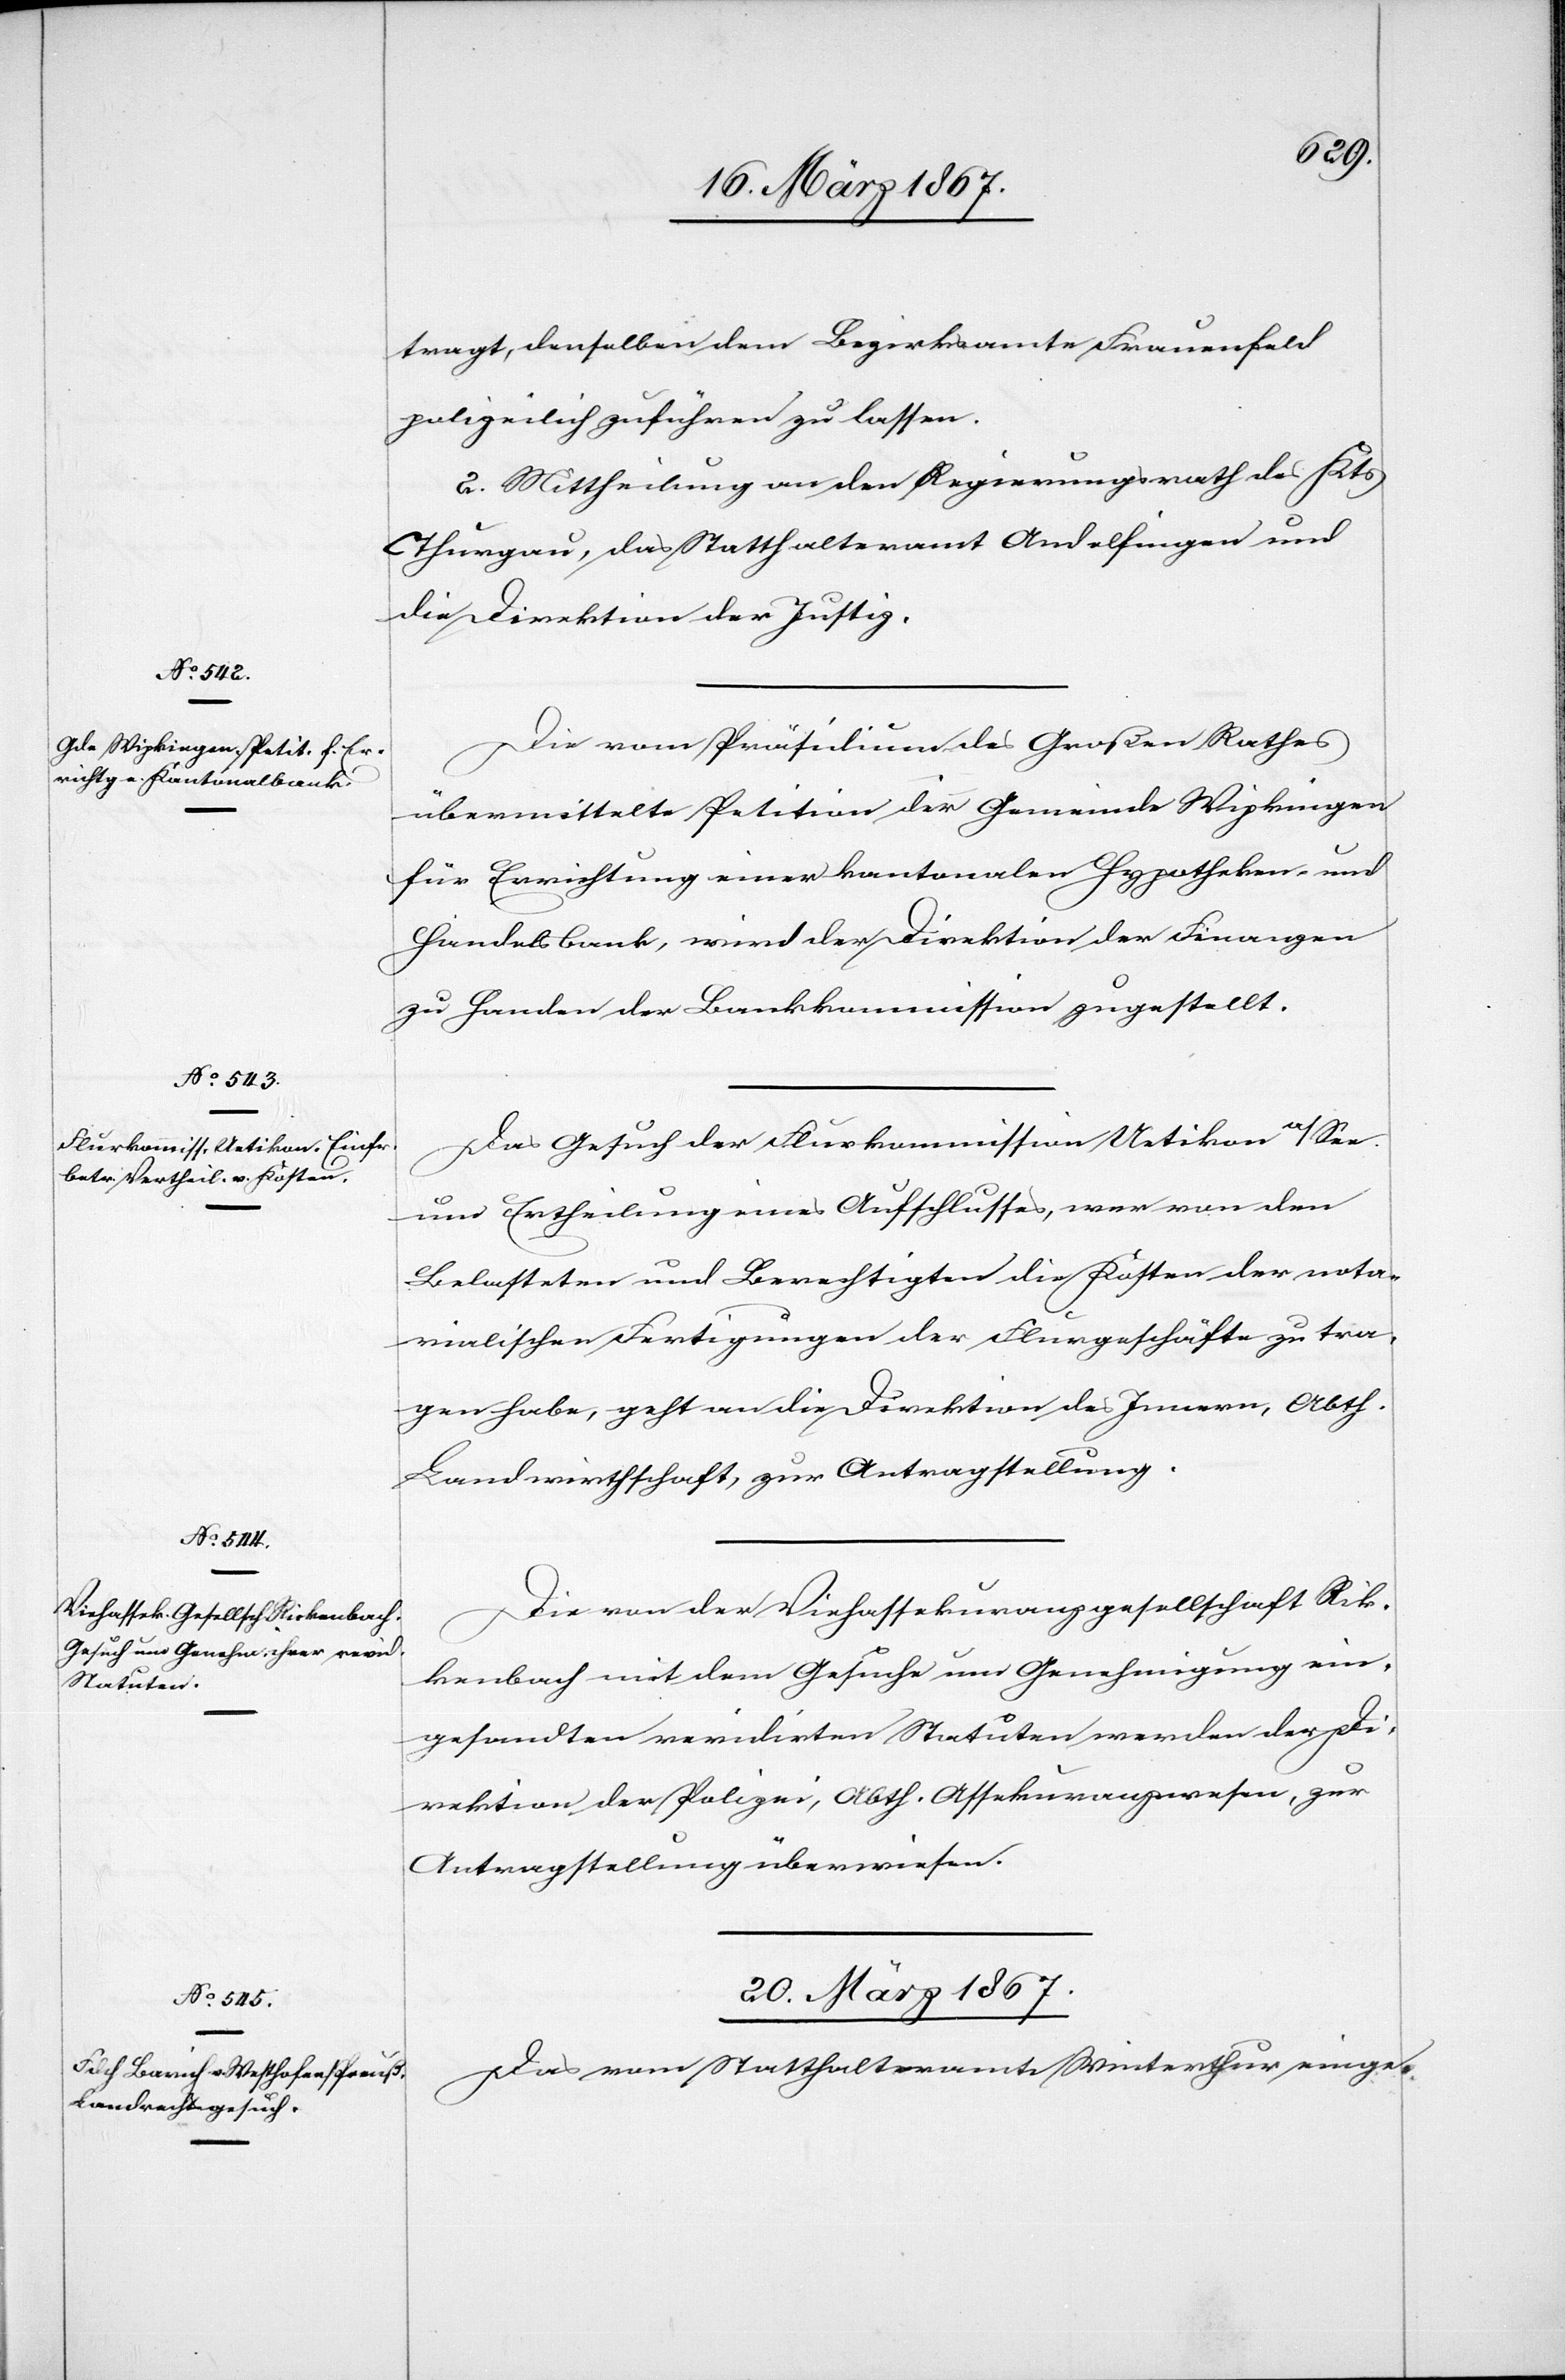
19. März 1867.]
tragt, denselben dem Bezirksamte Frauenfeld
polizeilich zuführen zu lassen.
2. Mittheilung an den Regierungsrath des Kts
Thurgau, das Statthalteramt Andelfingen und
die Direktion der Justiz.
Die vom Präsidium des Großen Rathes
übermittelte Petition der Gemeinde Wipkingen
für Errichtung einer kantonalen Hypotheken- und
Handelsbank, wird der Direktion der Finanzen
zu Handen der Bankkommission zugestellt.
Das Gesuch der Flurkommission Uetikon a/See
um Ertheilung eines Aufschlusses, wer von den
Belasteten und Berechtigten die Kosten der nota¬
rialischen Fertigungen der Flurgeschäfte zu tra¬
gen habe, geht an die Direktion des Innern, Abth.
Landwirthschaft, zur Antragstellung.
Die von der Viehassekuranzgesellschaft Ric¬
kenbach mit dem Gesuche um Genehmigung ein¬
gesandten revidirten Statuten werden der Di¬
rektion der Polizei, Abth. Assekuranzwesen, zur
Antragstellung überwiesen.
20. März 1867.
Das vom Statthalteramt Winterthur einge-